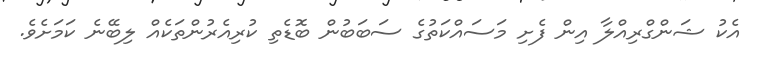
އެކު ޝަންގްރިއްލާ އިން ފެށި މަސައްކަތުގެ ސަބަބުން ބޮޑެތި ކުރިއެރުންތަކެއް ލިބޭނެ ކަމަށެވެ.